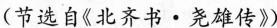
(节选自《北齐书·尧雄传》)